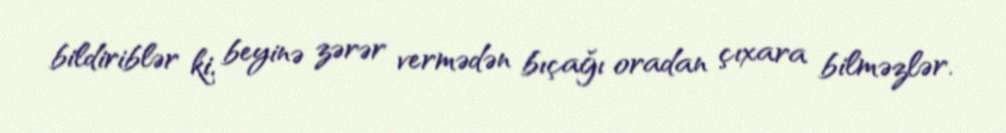
bildiriblər ki, beyinə zərər vermədən bıçağı oradan çıxara bilməzlər.